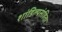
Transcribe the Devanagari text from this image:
शांडिल्यसंहिता